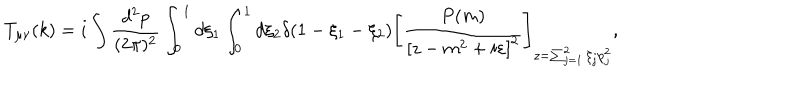
T _ { \mu \nu } ( k ) = i \int \frac { d ^ { 2 } p } { ( 2 \pi ) ^ { 2 } } \int _ { 0 } ^ { 1 } d \xi _ { 1 } \int _ { 0 } ^ { 1 } d \xi _ { 2 } \delta ( 1 - \xi _ { 1 } - \xi _ { 2 } ) \left[ \frac { P ( m ) } { \left[ z - m ^ { 2 } + i \varepsilon \right] ^ { 2 } } \right] _ { z = \sum _ { j = 1 } ^ { 2 } \xi _ { j } p _ { j } ^ { 2 } } ,